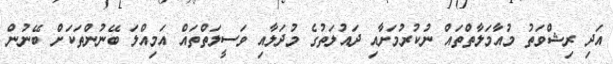
އަދި ރިޝްވަތު މުއާމަލާތްތައް ނުކުރުމަށާއި ދައުލަތުގެ މުދަލާއި ވަސީލަތްތައް އަމިއްލަ ބޭނުންތަކަށް ބޭނުން